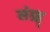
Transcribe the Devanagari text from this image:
संग्र्ह्